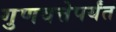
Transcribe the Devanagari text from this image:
गुणवत्तेपर्यंत